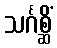
သင်္ဂစ္ဆိံ